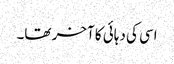
اسی کی دہائی کا آخر تھا۔